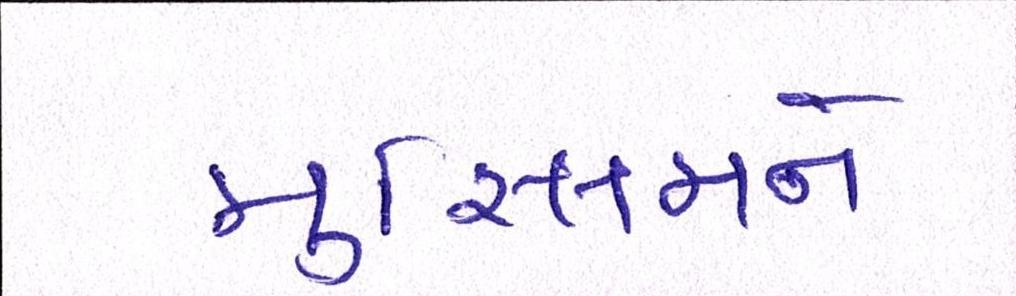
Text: મુસ્લિમને